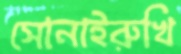
সোনাইরুখি